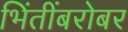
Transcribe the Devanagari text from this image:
भिंतींबरोबर